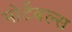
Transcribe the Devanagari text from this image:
पोर्टेबल्स